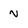
Character: n